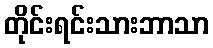
တိုင်းရင်းသားဘာသာ